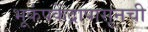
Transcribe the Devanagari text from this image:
भूकंपकेंद्रापासूनची